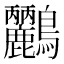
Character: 𪈹